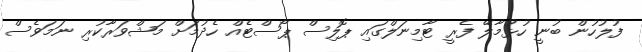
ފުލުހުން ބުނީ ހުޅުމާލޭ ފެރީ ޓާމިނަލްގައި ޕޮލިސް ޕޯސްޓެއް ހެދުމަށް މަޝްވަރާކުރި ނަމަވެސް